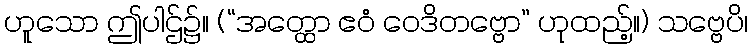
ဟူသော ဤပါဌ်၌။ (“အတ္ထော ဧဝံ ဝေဒိတဗ္ဗော” ဟုထည့်။) သဗ္ဗေပိ၊